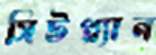
সিটপ্ল্যান